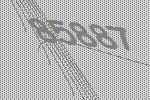
85887